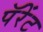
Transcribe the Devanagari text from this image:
पॅरेंट